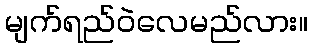
မျက်ရည်ဝဲလေမည်လား။